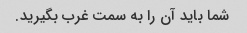
شما باید آن را به سمت غرب بگیرید.